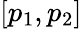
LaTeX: [p_{1},p_{2}]